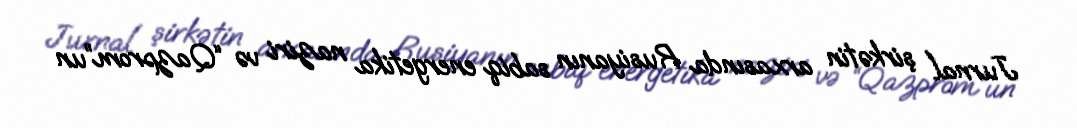
Jurnal şirkətin arxasında Rusiyanın sabiq energetika naziri və “Qazprom”un